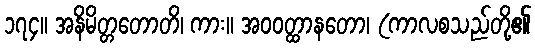
၁၇၄။ အနိမိတ္တတောတိ၊ ကား။ အဝဝတ္ထာနတော၊ (ကာလစသည်တို့၏